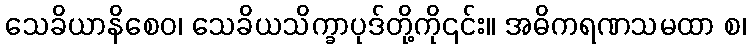
သေခိယာနိစေဝ၊ သေခိယသိက္ခာပုဒ်တို့ကို၎င်း။ အဓိကရဏသမထာ စ၊